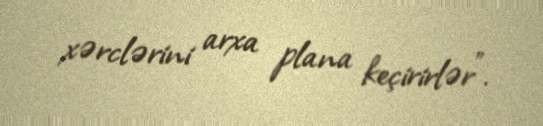
xərclərini arxa plana keçirirlər”.